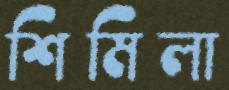
শিমিলা